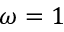
\omega = 1